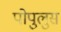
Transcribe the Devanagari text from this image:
पोपुलुस